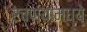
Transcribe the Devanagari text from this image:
रचण्यामध्ये